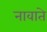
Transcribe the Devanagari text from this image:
नावाते